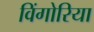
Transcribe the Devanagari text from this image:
विंगोरिया